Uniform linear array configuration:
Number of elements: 32
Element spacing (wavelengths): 0.5
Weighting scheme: binomial
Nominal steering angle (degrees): -45
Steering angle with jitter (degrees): -45.142
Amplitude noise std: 0.05
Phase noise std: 0.05

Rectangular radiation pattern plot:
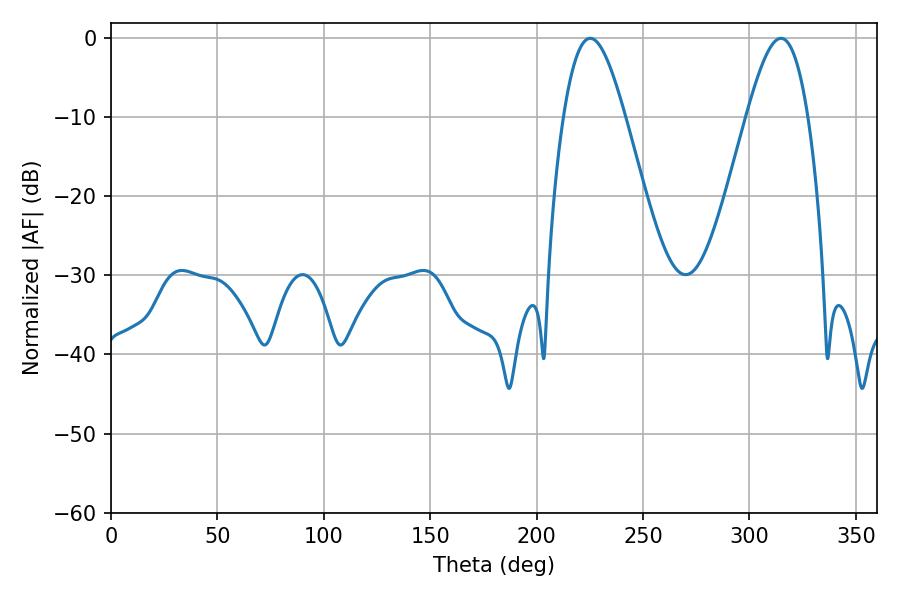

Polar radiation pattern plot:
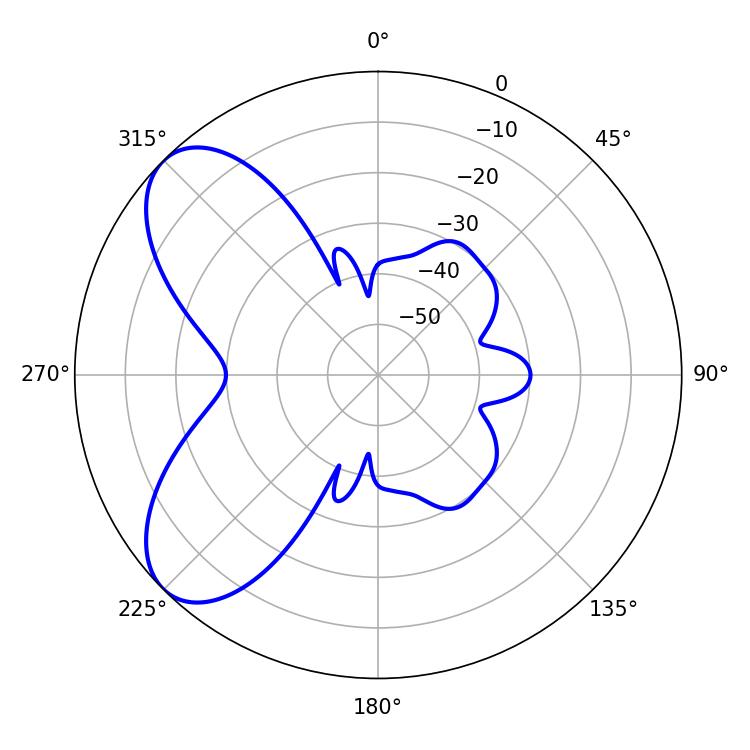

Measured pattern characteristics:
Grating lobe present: FALSE
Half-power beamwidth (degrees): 15.48
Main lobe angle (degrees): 225.18